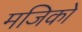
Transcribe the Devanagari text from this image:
मजिको